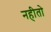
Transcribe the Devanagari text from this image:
नहीतो